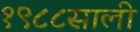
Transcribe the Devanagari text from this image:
१९८८साली